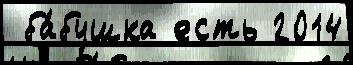
 ба́бушка есть 2014